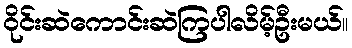
ဝိုင်းဆဲကောင်းဆဲကြပါလိမ့်ဦးမယ်။